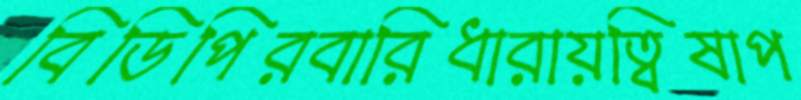
বিডিপিরবারিধারায়ত্বিষাপ